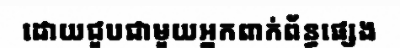
ដោយជួបជាមួយអ្នកពាក់ព័ន្ធផ្សេង